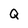
Character: Q